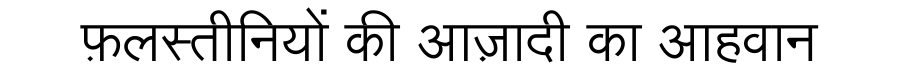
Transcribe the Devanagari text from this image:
फ़लस्तीनियों की आज़ादी का आहवान